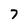
Character: 7